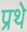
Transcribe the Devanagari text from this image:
प्रथे